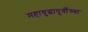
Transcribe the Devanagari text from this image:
महायुद्धापुर्वीच्या